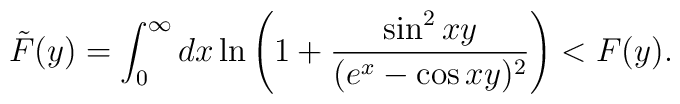
\tilde{F}(y)= \int_0^{\infty}dx\ln\left(1+\frac{\sin^2xy}   {(e^x-\cos xy)^2}\right) < F(y).